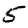
Digit: 5